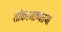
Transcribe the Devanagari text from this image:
शांकरभाष्यतथा